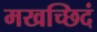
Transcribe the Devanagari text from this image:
मखच्छिदं